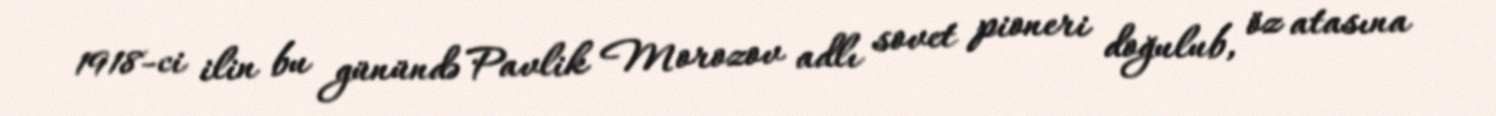
1918-ci ilin bu günündə Pavlik Morozov adlı sovet pioneri doğulub, öz atasına